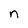
Character: n